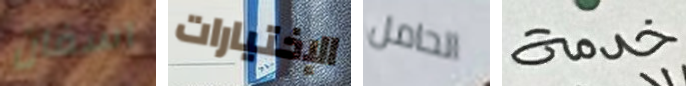
آسفان الإختيارات الحامل خدمة